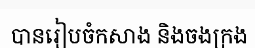
បានរៀបចំកសាង និងចងក្រង